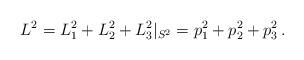
LaTeX: \begin{align*}L^2=L_1^2+L_2^2+L_3^2|_{S^2}=p_1^2+p_2^2+p_3^2 \, .\end{align*}